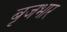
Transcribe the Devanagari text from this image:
बृजभार